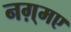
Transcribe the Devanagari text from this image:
नग़्मए